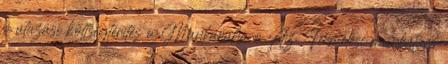
o utazási költségtérítés o Munkaruha o Az. Termelési munkatárs